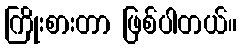
ကြိုးစားတာ ဖြစ်ပါတယ်။